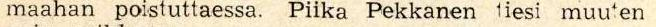
maahan poistuttaessa. Piika Pekkanen tiesi muuten